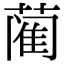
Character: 蔺